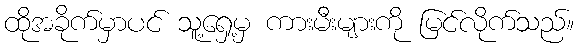
ထိုအခိုက်မှာပင် သူ့ရှေ့မှ ကားမီးများကို မြင်လိုက်သည်။